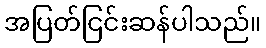
အပြတ်ငြင်းဆန်ပါသည်။